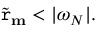
\widetilde { \mathtt { r } } _ { \mathbf { m } } < | \omega _ { N } | .